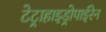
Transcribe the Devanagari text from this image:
टेट्राहाइड्रोपाईरेन